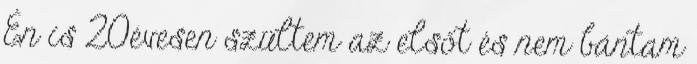
Én is 20évesen szültem az elsőt és nem bántam